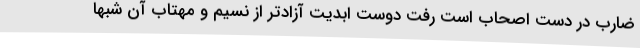
ضارب در دست اصحاب است رفت دوست ابدیت آزادتر از نسیم و مهتاب آن شبها